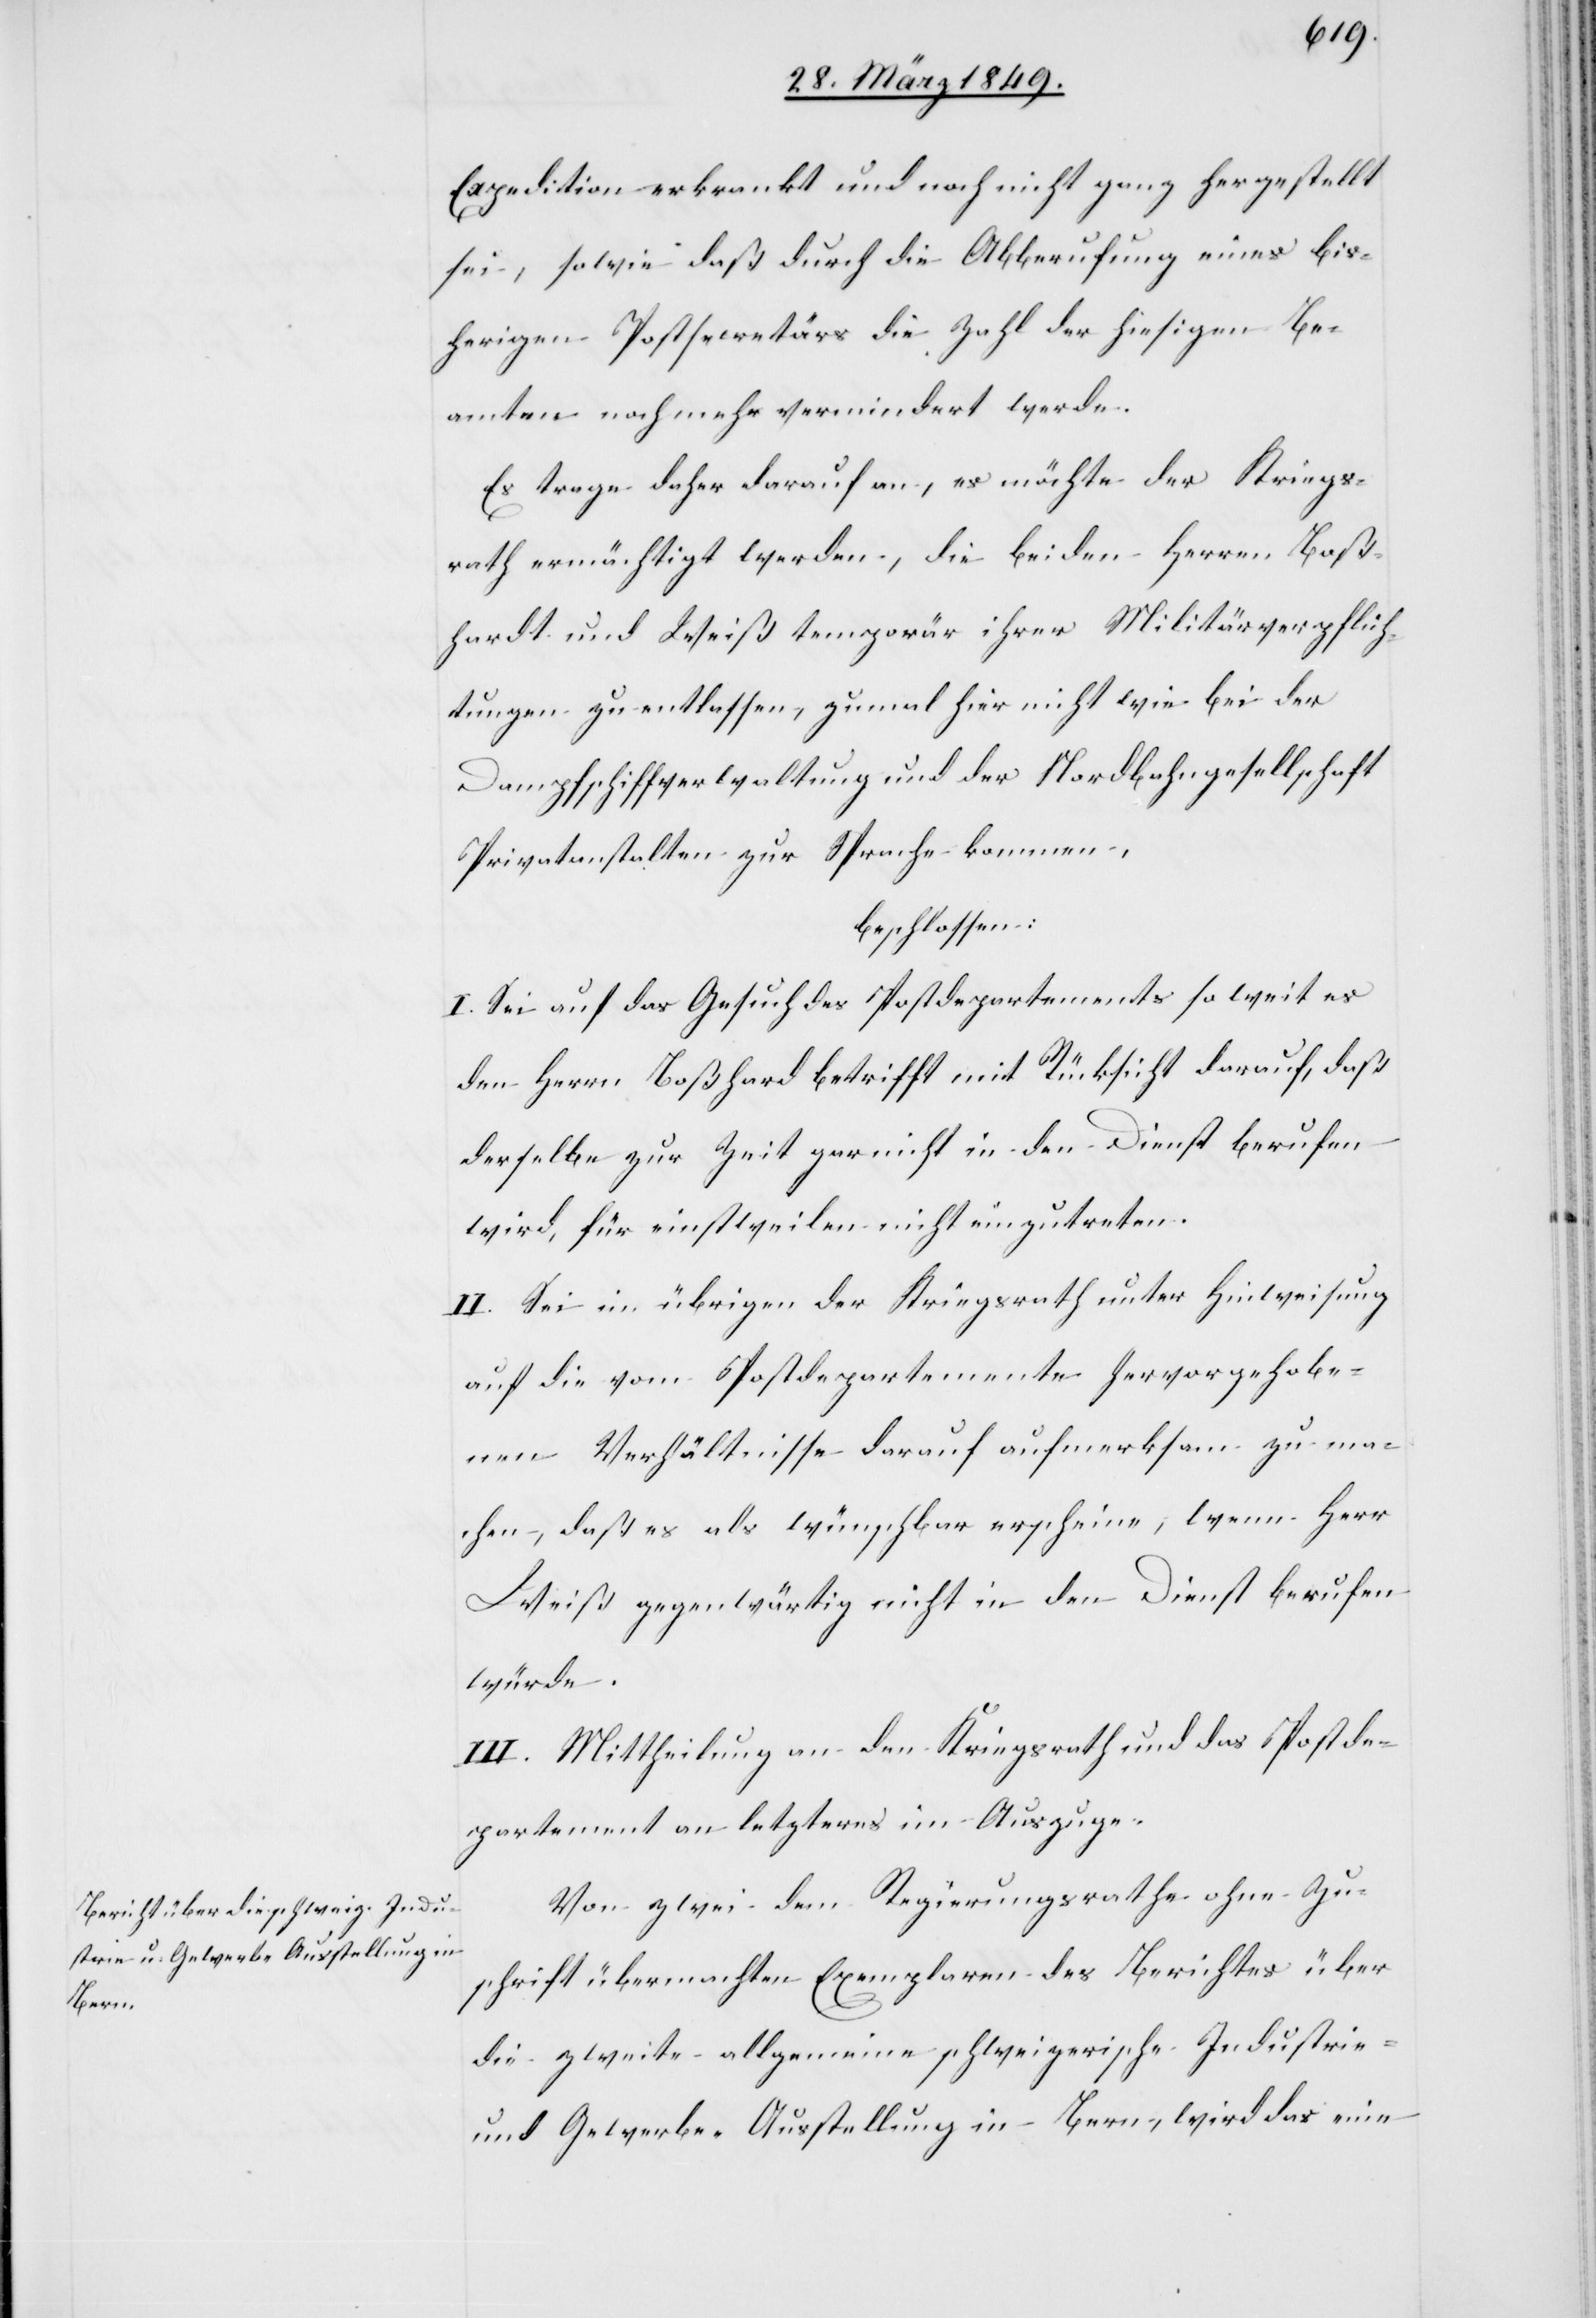
Expedition erkrankt und noch nicht ganz hergestellt
sei, sowie daß durch die Abberufung eines bis¬
herigen Postsecretärs die Zahl der hiesigen Be¬
amten noch mehr vermindert werde.
Es trage daher darauf an, es möchte der Kriegs¬
rath ermächtigt werden, die beiden Herren Boß¬
hardt und Weiß temporär ihrer Militärverpflich¬
tungen zu entlassen, zumal hier nicht wie bei der
Dampfschiffverwaltung und der Nordbahngesellschaft
Privatanstalten zur Sprache kommen,
beschlossen:
I. Sei auf das Gesuch des Postdepartements so weit es
den Herrn Boßhard [sic!] betrifft mit Rücksicht darauf, daß
derselbe zur Zeit gar nicht in den Dienst berufen
wird, für einstweilen nicht einzutreten.
II. Sei im übrigen der Kriegsrath unter Hinweisung
auf die vom Postdepartemente hervorgehobe¬
nen Verhältnisse darauf aufmerksam zu ma¬
chen, daß es als wünschbar erscheine, wenn Herr
Weiß gegenwärtig nicht in den Dienst berufen
würde.
III. Mittheilung an den Kriegsrath und das Postde¬
partement an letzteres im Auszuge.
Von zwei dem Regierungsrathe ohne Zu¬
schrift übermachten Exemplaren des Berichtes über
die zweite allgemeine schweizerische Industrie-
und Gewerbe-Ausstellung in Bern, wird das eine